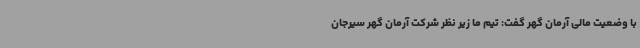
با وضعیت مالی آرمان گهر گفت: تیم ما زیر نظر شرکت آرمان گهر سیرجان